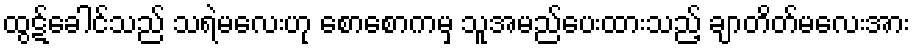
ထွဋ်ခေါင်သည် သရဲမလေးဟု စောစောကမှ သူအမည်ပေးထားသည့် ချာတိတ်မလေးအား